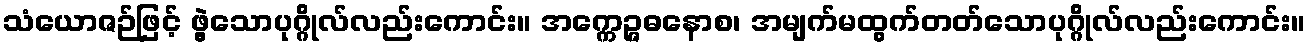
သံယောဇဉ်ဖြင့် ဖွဲ့သောပုဂ္ဂိုလ်လည်းကောင်း။ အက္ကေဉ္ဇဓနောစ၊ အမျက်မထွက်တတ်သောပုဂ္ဂိုလ်လည်းကောင်း။